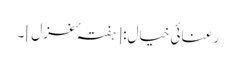
رعنائیِ خیال: [ہفتہ ٴ غزل] ۔